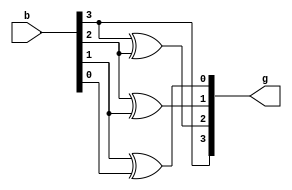
`timescale 1ns / 1ps

//Implementaion of 4bit Binary to Gray by using Data Flow Modelling
module Binary_to_Gray(
    input [3:0] b,       //Input declaration
    output [3:0] g       //output declaration
    );
assign g[0]=b[1]^b[0];   
assign g[1]=b[2]^b[1];
assign g[2]=b[3]^b[2];
assign g[3]=b[3];
endmodule